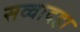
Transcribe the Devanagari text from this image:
सव्वादहा